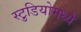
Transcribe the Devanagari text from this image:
स्टु़डियोमध्ये